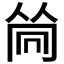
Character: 𠕞